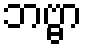
ဘဗ္ဗာ